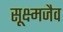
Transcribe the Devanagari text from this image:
सूक्ष्मजैव